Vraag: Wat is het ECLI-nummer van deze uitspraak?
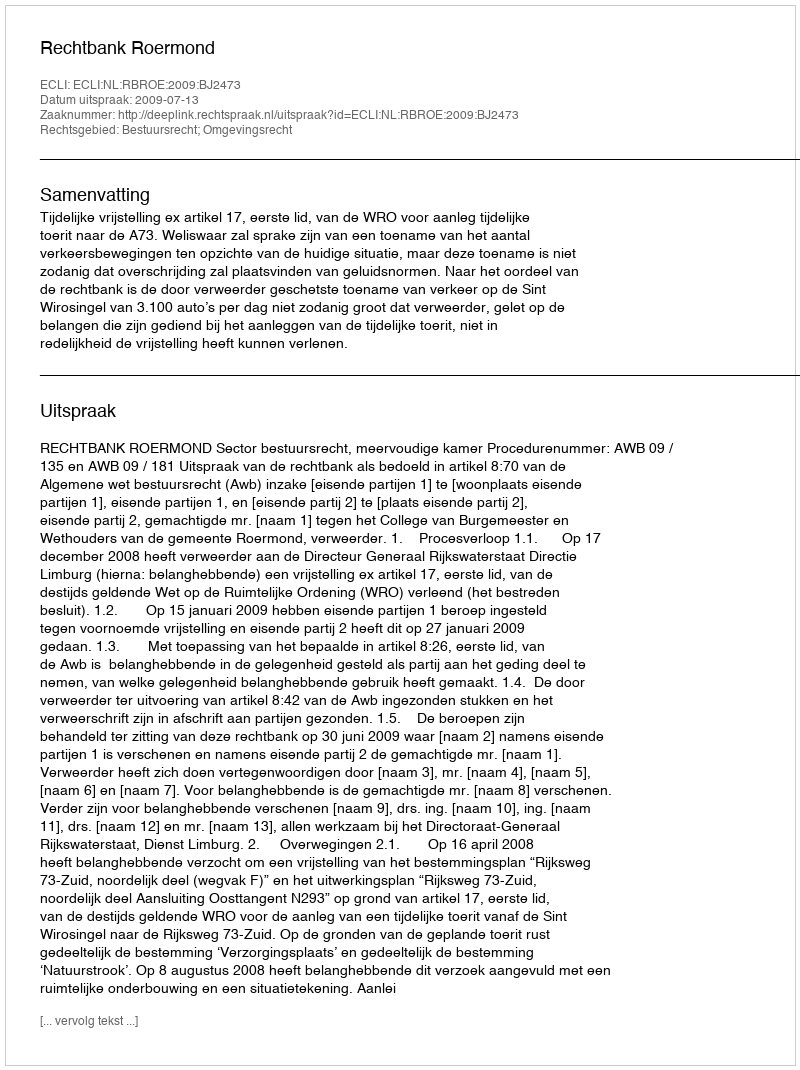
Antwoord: ECLI:NL:RBROE:2009:BJ2473